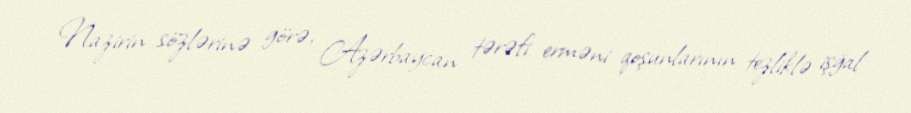
Nazirin sözlərinə görə, Azərbaycan tərəfi erməni qoşunlarının tezliklə işğal